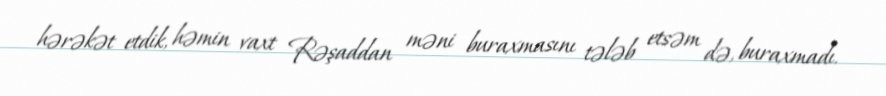
hərəkət etdik, həmin vaxt Rəşaddan məni buraxmasını tələb etsəm də, buraxmadı.